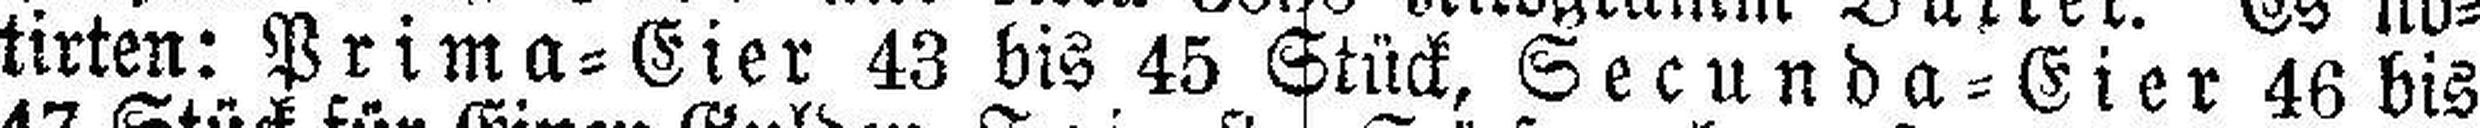
tirten: Prima=Eier 43 bis 45 Stück, Secunda=Eier 46 bis